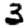
Digit: 3